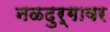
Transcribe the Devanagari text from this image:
नळदुर्गावर